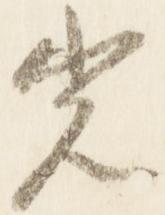
光